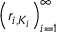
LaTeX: \left( r _ { i , K _ { i } } \right) _ { i = 1 } ^ { \infty }